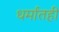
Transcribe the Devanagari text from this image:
धर्मांतही